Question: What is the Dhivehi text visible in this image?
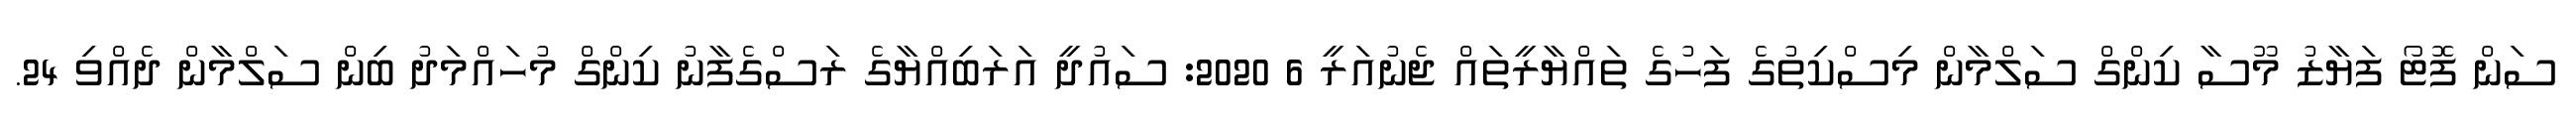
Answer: ސަން ފޮޓޯ ފަޔާޒު މޫސާ ކިންގް ސަލްމާން މިސްކިތުގެ ފަހުގެ ތައްޔާރީތައް ޖެނުއަރީ 6 2020: ސައުދީ އަރަބިއްޔާގެ ރަސްގެފާނު ކިންގް މުހައްމަދު ބިން ސަލްމާން ދެއްވި 24.